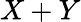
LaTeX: X+Y